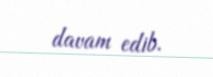
davam edib.